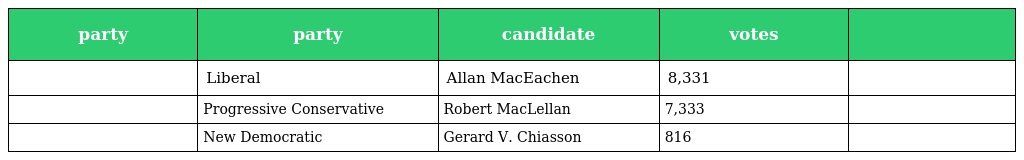
| party | party | candidate | votes |  |
 | --- | --- | --- | --- | --- |
 |  | Liberal | Allan MacEachen | 8,331 |  |
 |  | Progressive Conservative | Robert MacLellan | 7,333 |  |
 |  | New Democratic | Gerard V. Chiasson | 816 |  |